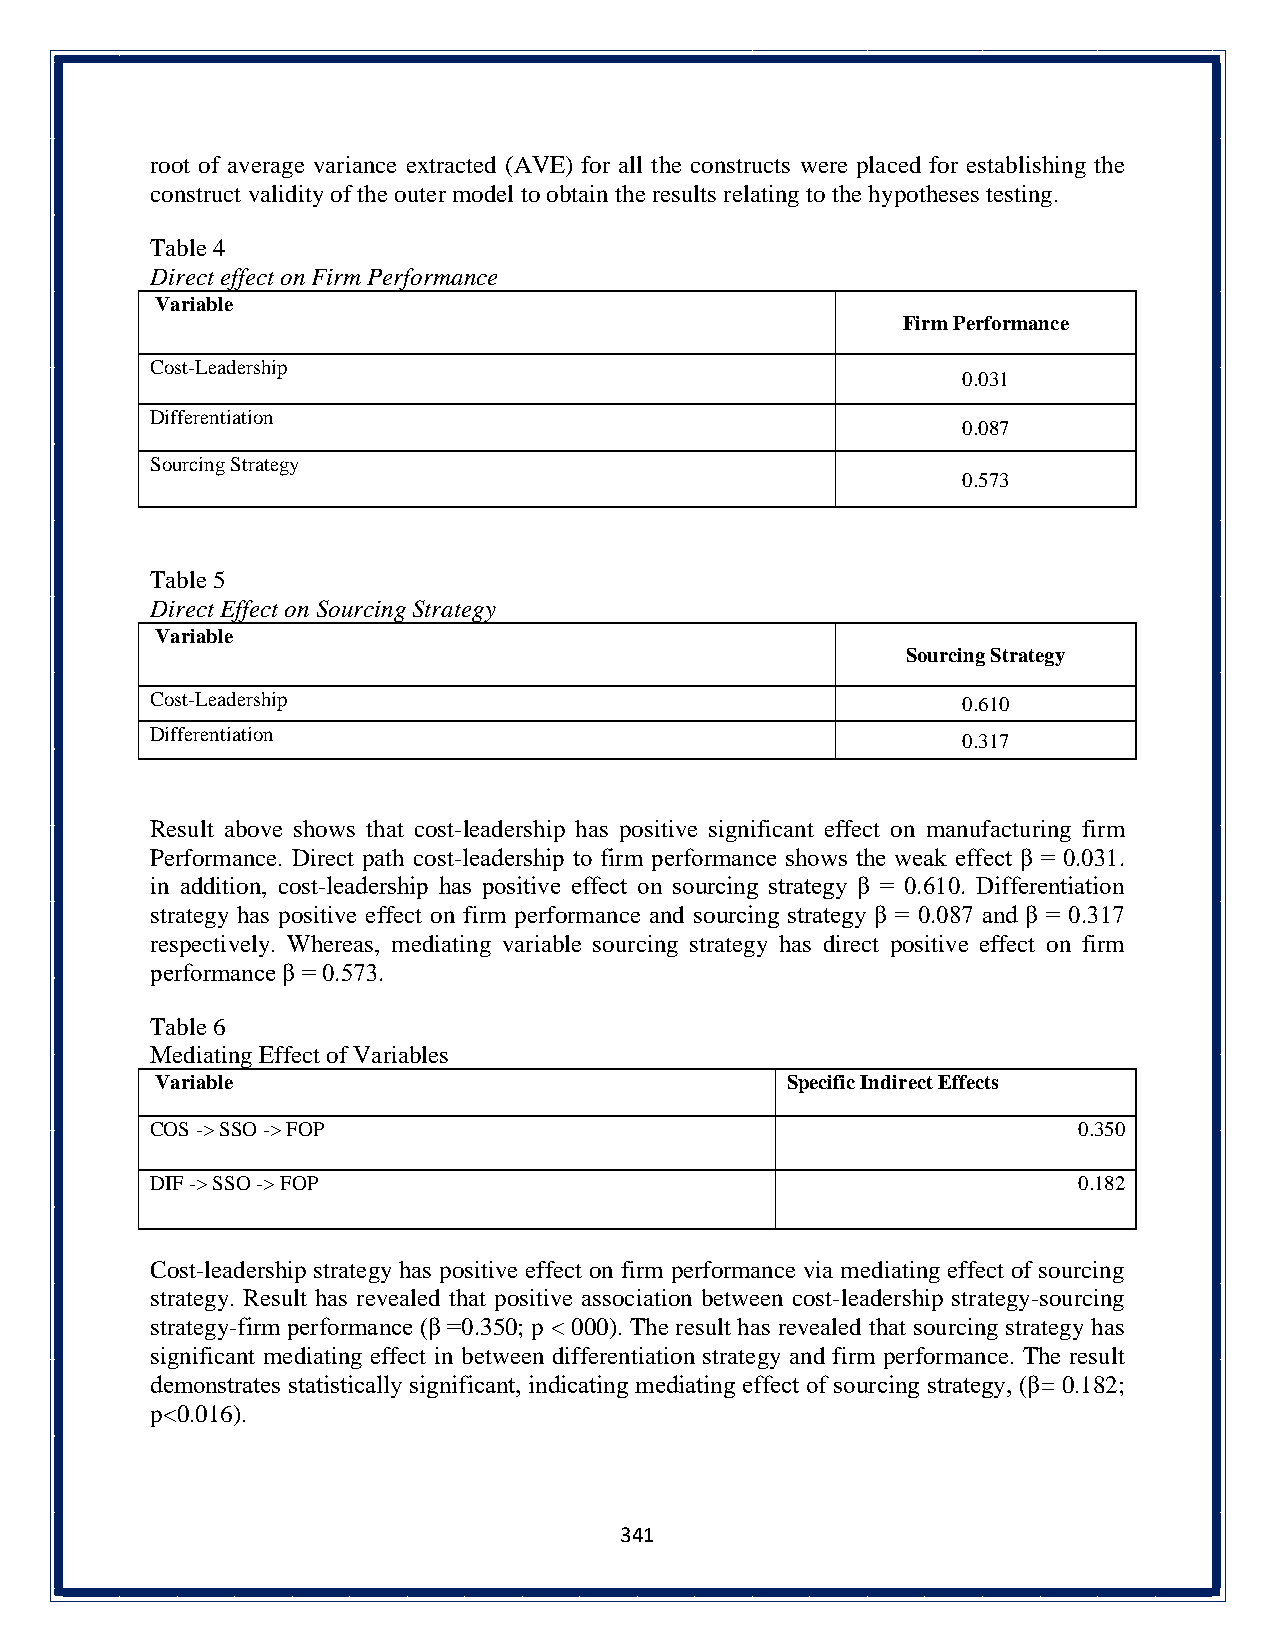
root of average variance extracted (AVE) for all the constructs were placed for establishing the
 construct validity of the outer model to obtain the results relating to the hypotheses testing.
 Table 4
 Direct effect on Firm Performance
 Variable
 Firm Performance
 Cost-Leadership
 0.031
 Differentiation
 0.087
 Sourcing Strategy
 0.573
 Table 5
 Direct Effect on Sourcing Strategy
 Variable
 Sourcing Strategy
 Cost-Leadership                                       0.610
 Differentiation
 0.317
 Result above shows that cost-leadership has positive significant effect on manufacturing firm
 Performance. Direct path cost-leadership to firm performance shows the weak effect β = 0.031.
 in addition, cost-leadership has positive effect on sourcing strategy β = 0.610. Differentiation
 strategy has positive effect on firm performance and sourcing strategy β = 0.087 and β = 0.317
 respectively. Whereas, mediating variable sourcing strategy has direct positive effect on firm
 performance β = 0.573.
 Table 6
 Mediating Effect of Variables
 Variable                                  Specific Indirect Effects
 COS -> SSO -> FOP                                            0.350
 DIF -> SSO -> FOP                                            0.182
 Cost-leadership strategy has positive effect on firm performance via mediating effect of sourcing
 strategy. Result has revealed that positive association between cost-leadership strategy-sourcing
 strategy-firm performance (β =0.350; p < 000). The result has revealed that sourcing strategy has
 significant mediating effect in between differentiation strategy and firm performance. The result
 demonstrates statistically significant, indicating mediating effect of sourcing strategy, (β= 0.182;
 p<0.016).
 341